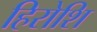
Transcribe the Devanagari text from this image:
हिरोशि